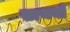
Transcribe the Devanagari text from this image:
साथयों